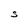
Character: S